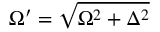
\Omega ^ { \prime } = \sqrt { \Omega ^ { 2 } + \Delta ^ { 2 } }